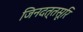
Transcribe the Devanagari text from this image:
जिनदत्तसूरि